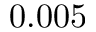
0 . 0 0 5